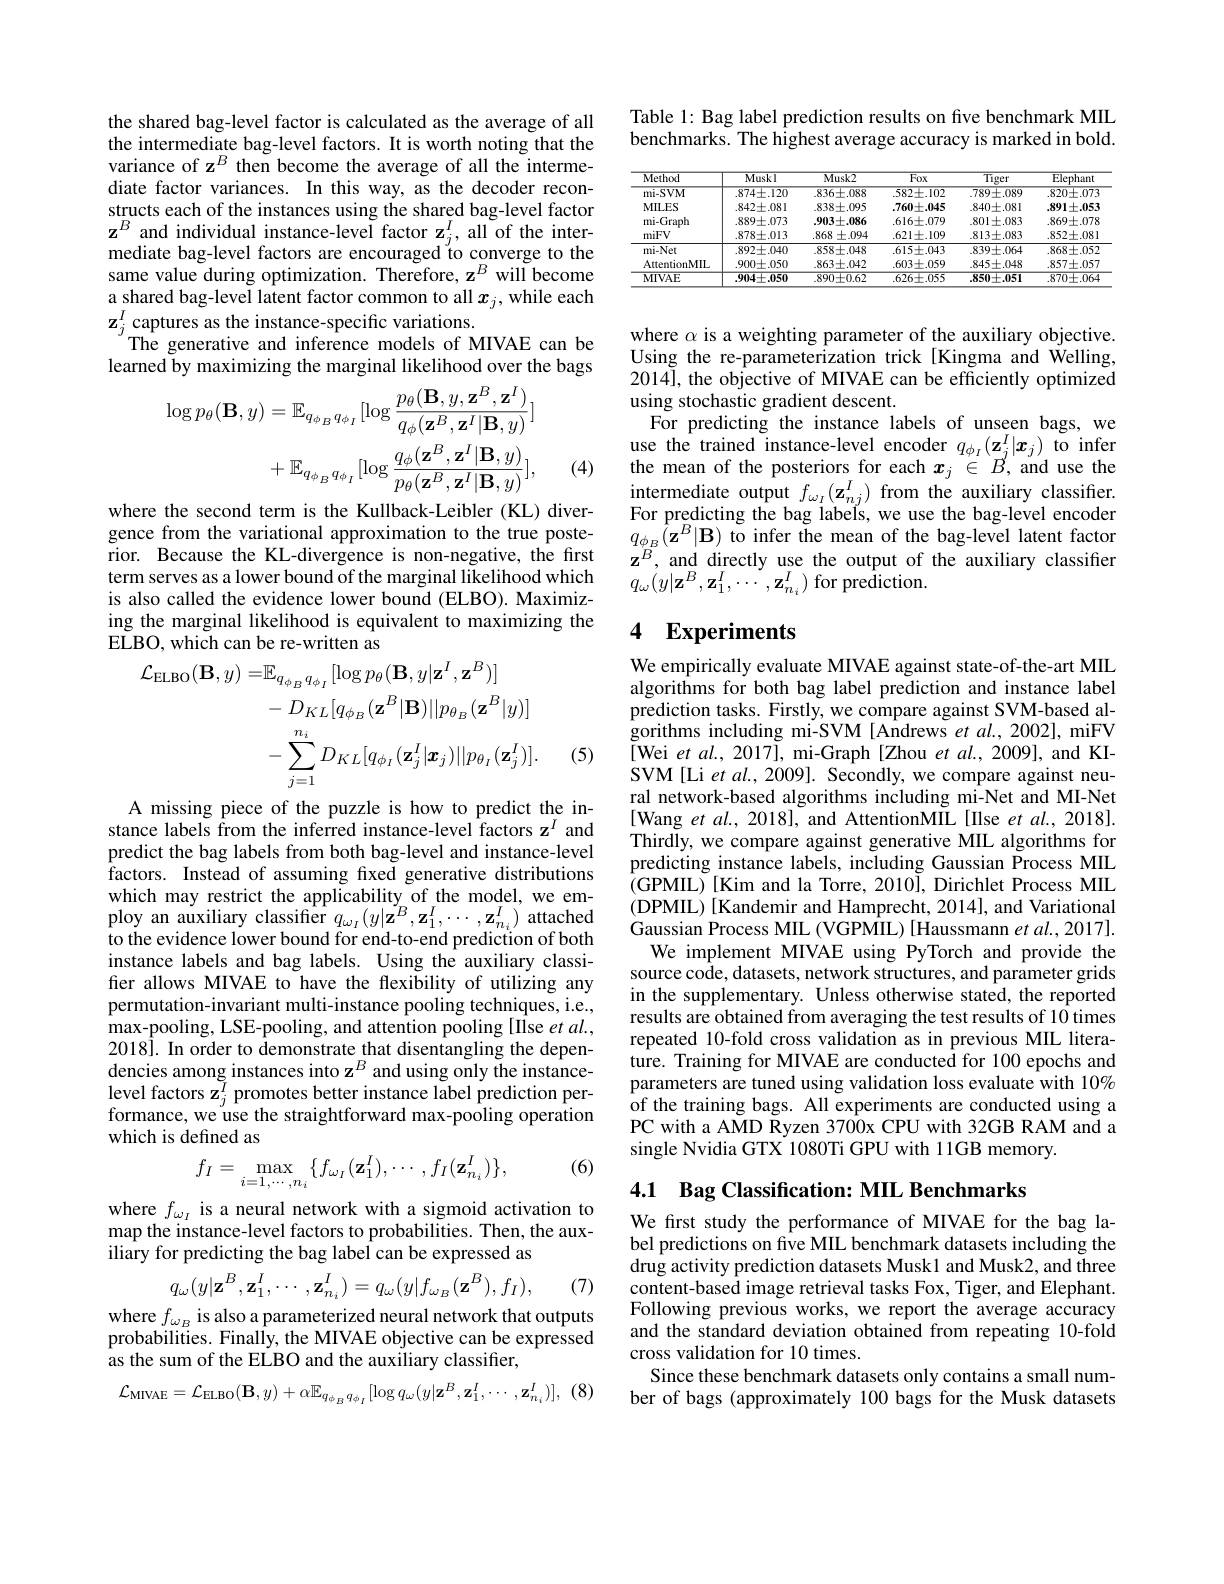
the shared bag-level factor is calculated as the average of all the intermediate bag-level factors. It is worth noting that the variance of z$^B$ then become the average of all the intermediate factor variances. In this way, as the decoder reconstructs each of the instances using the shared bag-level factor $\mathbf{z}^{B}$ and individual instance-level factor $\mathbf{z}_j^I$, all of the intermediate bag-level factors are encouraged to converge to the same value during optimization. Therefore, z$^B$ will become a shared bag-level latent factor common to all $x_j$, while each $\mathbf{z}_{j}^{I}$ captures as the instance-specific variations.
The generative and inference models of MIVAE can be learned by maximizing the marginal likelihood over the bags
$$\begin{aligned}\log p_{\theta}(\mathbf{B},y)&=\mathbb{E}_{q_{\phi_{B}}q_{\phi_{I}}}[\log\frac{p_{\theta}(\mathbf{B},y,\mathbf{z}^{B},\mathbf{z}^{I})}{q_{\phi}(\mathbf{z}^{B},\mathbf{z}^{I}|\mathbf{B},y)}]\\&+\mathbb{E}_{q_{\phi_{B}}q_{\phi_{I}}}[\log\frac{q_{\phi}(\mathbf{z}^{B},\mathbf{z}^{I}|\mathbf{B},y)}{p_{\theta}(\mathbf{z}^{B},\mathbf{z}^{I}|\mathbf{B},y)}],\\\end{aligned}$$
(4)

where the second term is the Kullback-Leibler (KL) diverrior. Because the KL-divergence is non-negative, the first term serves as a lower bound of the marginal likelihood which is also called the evidence lower bound (ELBO). Maximizing the marginal likelihood is equivalent to maximizing the ELBO, which can be re- written as
$$\begin{aligned}\mathcal{L}_{\mathrm{ELBO}}(\mathbf{B},y)=&\mathbb{E}_{q_{\phi_{B}}q_{\phi_{I}}}[\log p_{\theta}(\mathbf{B},y|\mathbf{z}^{I},\mathbf{z}^{B})]\\&-D_{KL}[q_{\phi_{B}}(\mathbf{z}^{B}|\mathbf{B})||p_{\theta_{B}}(\mathbf{z}^{B}|y)]\\&-\sum_{j=1}^{n_{i}}D_{KL}[q_{\phi_{I}}(\mathbf{z}_{j}^{I}|\mathbf{x}_{j})||p_{\theta_{I}}(\mathbf{z}_{j}^{I})].\\\end{aligned}$$
(5)

A missing piece of the puzzle is how to predict the instance labels from the inferred instance-level factors z$^{I}$ and predict the bag labels from both bag-level and instance-level factors. Instead of assuming fixed generative distributions which may restrict the applicability of the model, we employ an auxiliary classifier $q_\omega_I(y|\tilde{\mathbf{z}}^B,\mathbf{z}_1^I,\cdots,\mathbf{z}_{n_i}^I)$ attached to the evidence lower bound for end-to-end prediction of both instance labels and bag labels. Using the auxiliary classifier allows MIVAE to have the flexibility of utilizing any permutation-invariant multi-instance pooling techniques, i.e., max-pooling, LSE-pooling, and attention pooling [Ilse et al., 2018]. In order to demonstrate that disentangling the dependencies among instances into z$^B$ and using only the instancelevel factors $\tilde{\mathbf{z}}_j^I$ promotes better instance label prediction performance, we use the straightforward max-pooling operation which is defined as
$$f_I=\max_{i=1,\cdots,n_i}\{f_{\omega_I}(\mathbf{z}_1^I),\cdots,f_I(\mathbf{z}_{n_i}^I)\},$$
(6)

where $f_\omega_I$ is a neural network with a sigmoid activation to map the instance-level factors to probabilities. Then, the auxiliary for predicting the bag label can be expressed as
$$q_\omega(y|\mathbf{z}^B,\mathbf{z}_1^I,\cdots,\mathbf{z}_{n_i}^I)=q_\omega(y|f_{\omega_B}(\mathbf{z}^B),f_I),$$
(7)

$\begin{array}{l}\mathrm{where~}f_{\omega_B}\text{ is also a parameterized neural network that outputs}\\\mathrm{probabilities.~Finally,~the~MIVAE~objective~can~be~expressed}\end{array}$
as the sum of the ELBO and the auxiliary classifier,
(8)
$$\mathcal{L}_{\mathrm{MIVAE}}=\mathcal{L}_{\mathrm{ELBO}}(\mathbf{B},y)+\alpha\mathbb{E}_{q_{\phi_{B}}q_{\phi_{I}}}[\log q_{\omega}(y|\mathbf{z}^{B},\mathbf{z}_{1}^{I},\cdots,\mathbf{z}_{n_{i}}^{I})],$$
Table 1: Bag label prediction results on five benchmark MIL benchmarks. The highest average accuracy is marked in bold.

<table>
	<tbody>
		<tr>
			<th>Method</th>
			<th>Muskl</th>
			<th>$Musk2$</th>
			<th>Fox</th>
			<th>$\overline{\text{Tiger}}$</th>
			<th>$\overline{{\mathrm{Elephant}}}$</th>
		</tr>
		<tr>
			<td>mi-SVM</td>
			<td>$.874\pm.120$</td>
			<td>$.836\pm.088$</td>
			<td>$.582\pm.102$</td>
			<td>$.789\pm.089$</td>
			<td>$.820\pm.073$</td>
		</tr>
		<tr>
			<td>MILES</td>
			<td>$.842\pm.081$</td>
			<td>$.838\pm.095$</td>
			<td>$.760\pm.045$</td>
			<td>$.840\pm.081$</td>
			<td>$.891\pm.053$</td>
		</tr>
		<tr>
			<td>mi-Graph</td>
			<td>$.889\pm.073$</td>
			<td>$.903\pm.086$</td>
			<td>$.616\pm.079$</td>
			<td>$.801\pm.083$</td>
			<td>$.869\pm.078$</td>
		</tr>
		<tr>
			<td>miFV</td>
			<td>$.878\pm.013$</td>
			<td>.868 $\pm.094$</td>
			<td>$.621\pm.109$</td>
			<td>$.813\pm.083$</td>
			<td>$.852\pm.08$</td>
		</tr>
		<tr>
			<td>mi-Net</td>
			<td>$.892\pm.040$</td>
			<td>$.858\pm.048$</td>
			<td>$.615\pm.043$</td>
			<td>$.839\pm.064$</td>
			<td>$.868\pm.052$</td>
		</tr>
		<tr>
			<td>AttentionMIL</td>
			<td>$.900\pm.050$</td>
			<td>$.863\pm.042$</td>
			<td>$.603\pm.059$</td>
			<td>$.845\pm.048$</td>
			<td>$.857\pm.057$</td>
		</tr>
		<tr>
			<td>MIVAE</td>
			<td>$.904\pm.050$</td>
			<td>$.890\pm0.62$</td>
			<td>$.626\pm.055$</td>
			<td>.850土.051</td>
			<td>$.870\pm.064$</td>
		</tr>
	</tbody>
</table>

where $\alpha$ is a weighting parameter of the auxiliary objective. Using the re-parameterization trick[Kingma and Welling, 2014], the objective of MIVAE can be efficiently optimized using stochastic gradient descent.
For predicting the instance labels of unseen bags, we use the trained instance-level encoder $q_{\phi_I}(\mathbf{z}_j^I|\boldsymbol{x}_j)$ to infer the mean of the posteriors for each $\boldsymbol x_j\in B$, and use the intermediate output $f_{\omega_I}(\mathbf{z}_{nj}^{I})$ from the auxiliary classifier.
where the second term is the Kullback-Leibler (KL) diver- For predicting the bag labels, we use the bag-level encoder gence from the variational approximation to the true poste- $q_{\phi_B}(\mathbf{z}^B|\mathbf{B})$ to infer the mean of the bag-level latent factor
$\mathbf{z}^B$, and directly use the output of the auxiliary classifier
$q_{\omega}(y|\mathbf{z}^{B},\mathbf{z}_{1}^{I},\cdots,\mathbf{z}_{n_{i}}^{I})$ for prediction.

## 4 $\mathbf{Experiments}$

We empirically evaluate MIVAE against state-of-the-art MIL algorithms for both bag label prediction and instance label prediction tasks. Firstly, we compare against SVM-based algorithms including mi-SVM [Andrews et al., 2002], miFV [Wei et al., 2017], mi-Graph[Zhou $et$ al., 2009], and KISVM[Li et al., 2009]. Secondly, we compare against neural network-based algorithms including mi-Net and MI-Net [Wang $etal.,2018]$, and AttentionMIL[Ilse et al., 2018]. Thirdly, we compare against generative MIL algorithms for predicting instance labels, including Gaussian Process MIL (GPMIL)[Kim and la Torre, 2010], Dirichlet Process MIL (DPMIL)[Kandemir and Hamprecht, 2014], and Variational Gaussian Process MIL (VGPMIL) [Haussmann et al., 2017]. We implement MIVAE using PyTorch and provide the source code, datasets, network structures, and parameter grids in the supplementary. Unless otherwise stated, the reported results are obtained from averaging the test results of 10 times repeated 10-fold cross validation as in previous MIL litera- $\hat{\text{ture. Training for MIVAE are conducted for 100 epochs and}}$ parameters are tuned using validation loss evaluate with $10\%$ of the training bags. All experiments are conducted using a PC with a AMD Ryzen 3700x CPU with 32GB RAM and a single Nvidia GTX 1080Ti GPU with 11GB memory.

4.1 Bag Classification: MIL Benchmarks

We first study the performance of MIVAE for the bag label predictions on five MIL benchmark datasets including the drug activity prediction datasets Musk1 and Musk2, and three content-based image retrieval tasks Fox, Tiger, and Elephant. Following previous works, we report the average accuracy and the standard deviation obtained from repeating 10-fold cross validation for 10 times.
Since these benchmark datasets only contains a small number of bags (approximately 100 bags for the Musk datasets